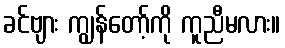
ခင်ဗျား ကျွန်တော့်ကို ကူညီမလား။